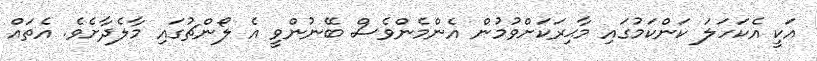
އަކީ އެކަހަލަ ކަންކަމުގައި މާޙިރަކަށްވުމުން އެންމެންވެސް ބޭނުންވީ އެ ލޯންޗުގައި މާލެދާށެވެ. އެތައް